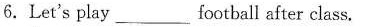
6.Let's play ___ football after class.